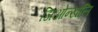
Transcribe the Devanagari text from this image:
जिओन्खलि